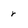
Character: r